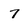
Character: 7